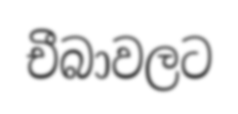
චීබාවලට